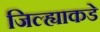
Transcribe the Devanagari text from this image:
जिल्ह्याकडे